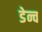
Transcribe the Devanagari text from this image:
डेन्च